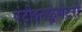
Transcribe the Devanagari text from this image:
एंटीइनफ्लेमेटरी